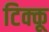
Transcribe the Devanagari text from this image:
टिक्कू